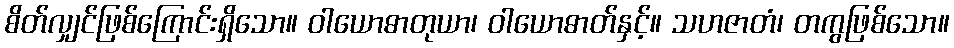
စိတ်လျှင်ဖြစ်ကြောင်းရှိသော။ ဝါယောဓာတုယာ၊ ဝါယောဓာတ်နှင့်။ သဟဇာတံ၊ တကွဖြစ်သော။